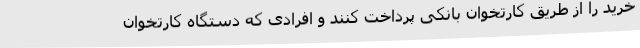
خرید را از طریق کارتخوان بانکی پرداخت کنند و افرادی که دستگاه کارتخوان